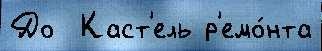
До  Каст'ель р'емо́нта